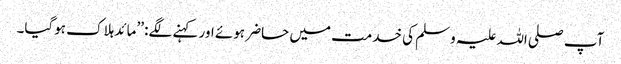
آپ صلی اللہ علیہ وسلم کی خدمت میں حاضر ہوئے اور کہنے لگے: ’’مائد ہلاک ہوگیا۔